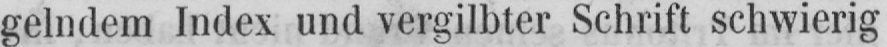
gelndem Index und vergilbter Schrift schwierig